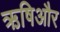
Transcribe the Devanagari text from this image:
ऋषिऔर